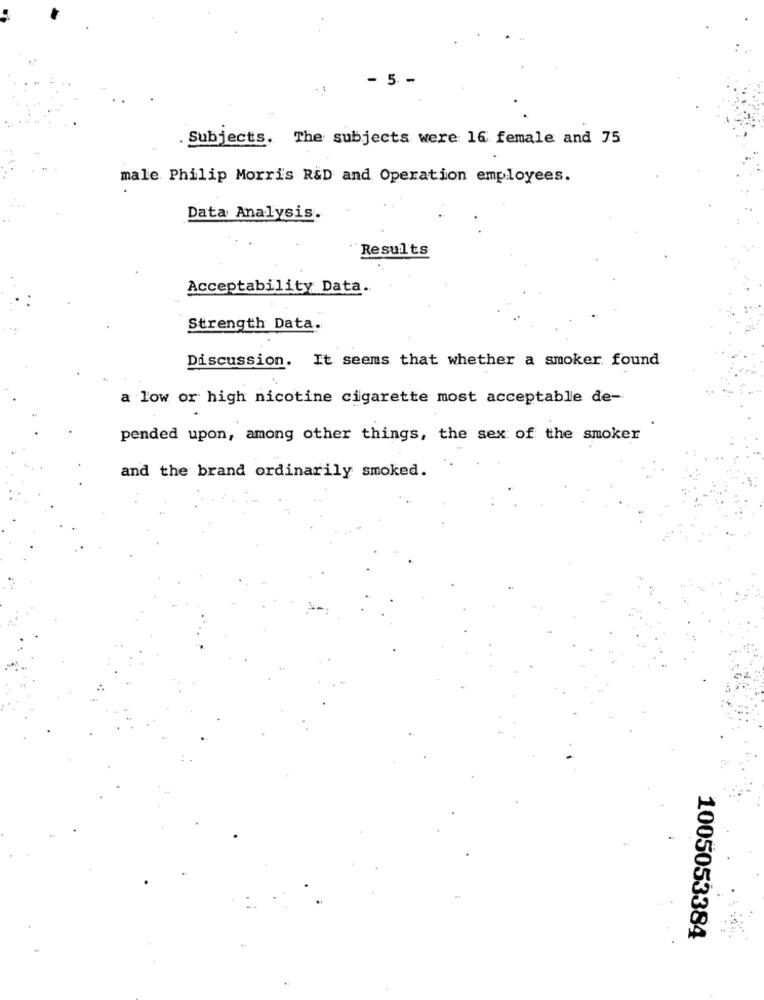
- 5 -
. Subjects. The subjects were 16 female and 75
male Philip Morris R&D and Operation employees.
Data Analysis.
Results
Acceptability Data.
Strength Data.
Discussion. It seems that whether a smoker found
a low or high nicotine cigarette most acceptable de-
pended upon, among other things, the sex of the smoker
and the brand ordinarily smoked.
1005053384